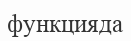
функцияда